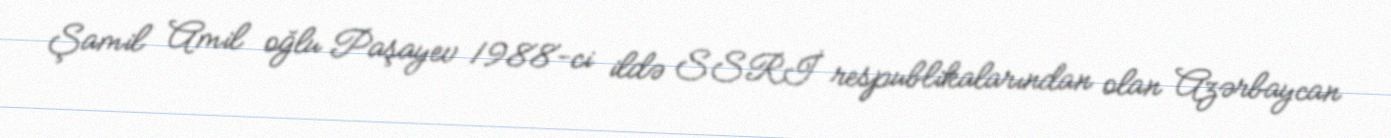
Şamil Amil oğlu Paşayev 1988-ci ildə SSRİ respublikalarından olan Azərbaycan